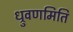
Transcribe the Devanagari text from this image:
ध्रुवणमिति